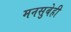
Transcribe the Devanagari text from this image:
मनसुबेही